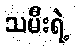
သမီးရဲ့